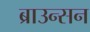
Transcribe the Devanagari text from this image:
ब्राउन्सन